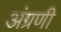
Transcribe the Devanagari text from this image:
अंग्रणी